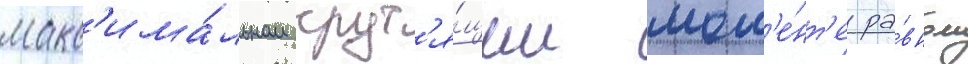
макс'има́льном крут'я́щем мом'е́нт'е ра́вном